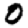
Digit: 0